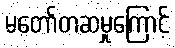
မတော်တဆမှုကြောင့်